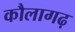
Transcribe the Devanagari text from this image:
कौलागढ़